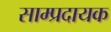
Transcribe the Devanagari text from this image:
साम्प्रदायक